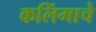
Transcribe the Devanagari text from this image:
कलिंगाचे